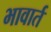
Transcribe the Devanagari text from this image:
भावार्त